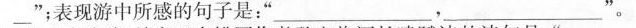
_”；表现游中所感的句子是：‘’___，___。‘’